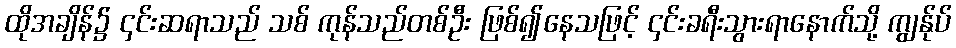
ထိုအချိန်၌ ၄င်းဆရာသည် သစ် ကုန်သည်တစ်ဦး ဖြစ်၍နေသဖြင့် ၄င်းခရီးသွားရာနောက်သို့ ကျွန်ုပ်